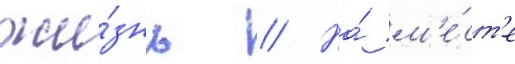
жи́знь // На́ м'е́ст'е